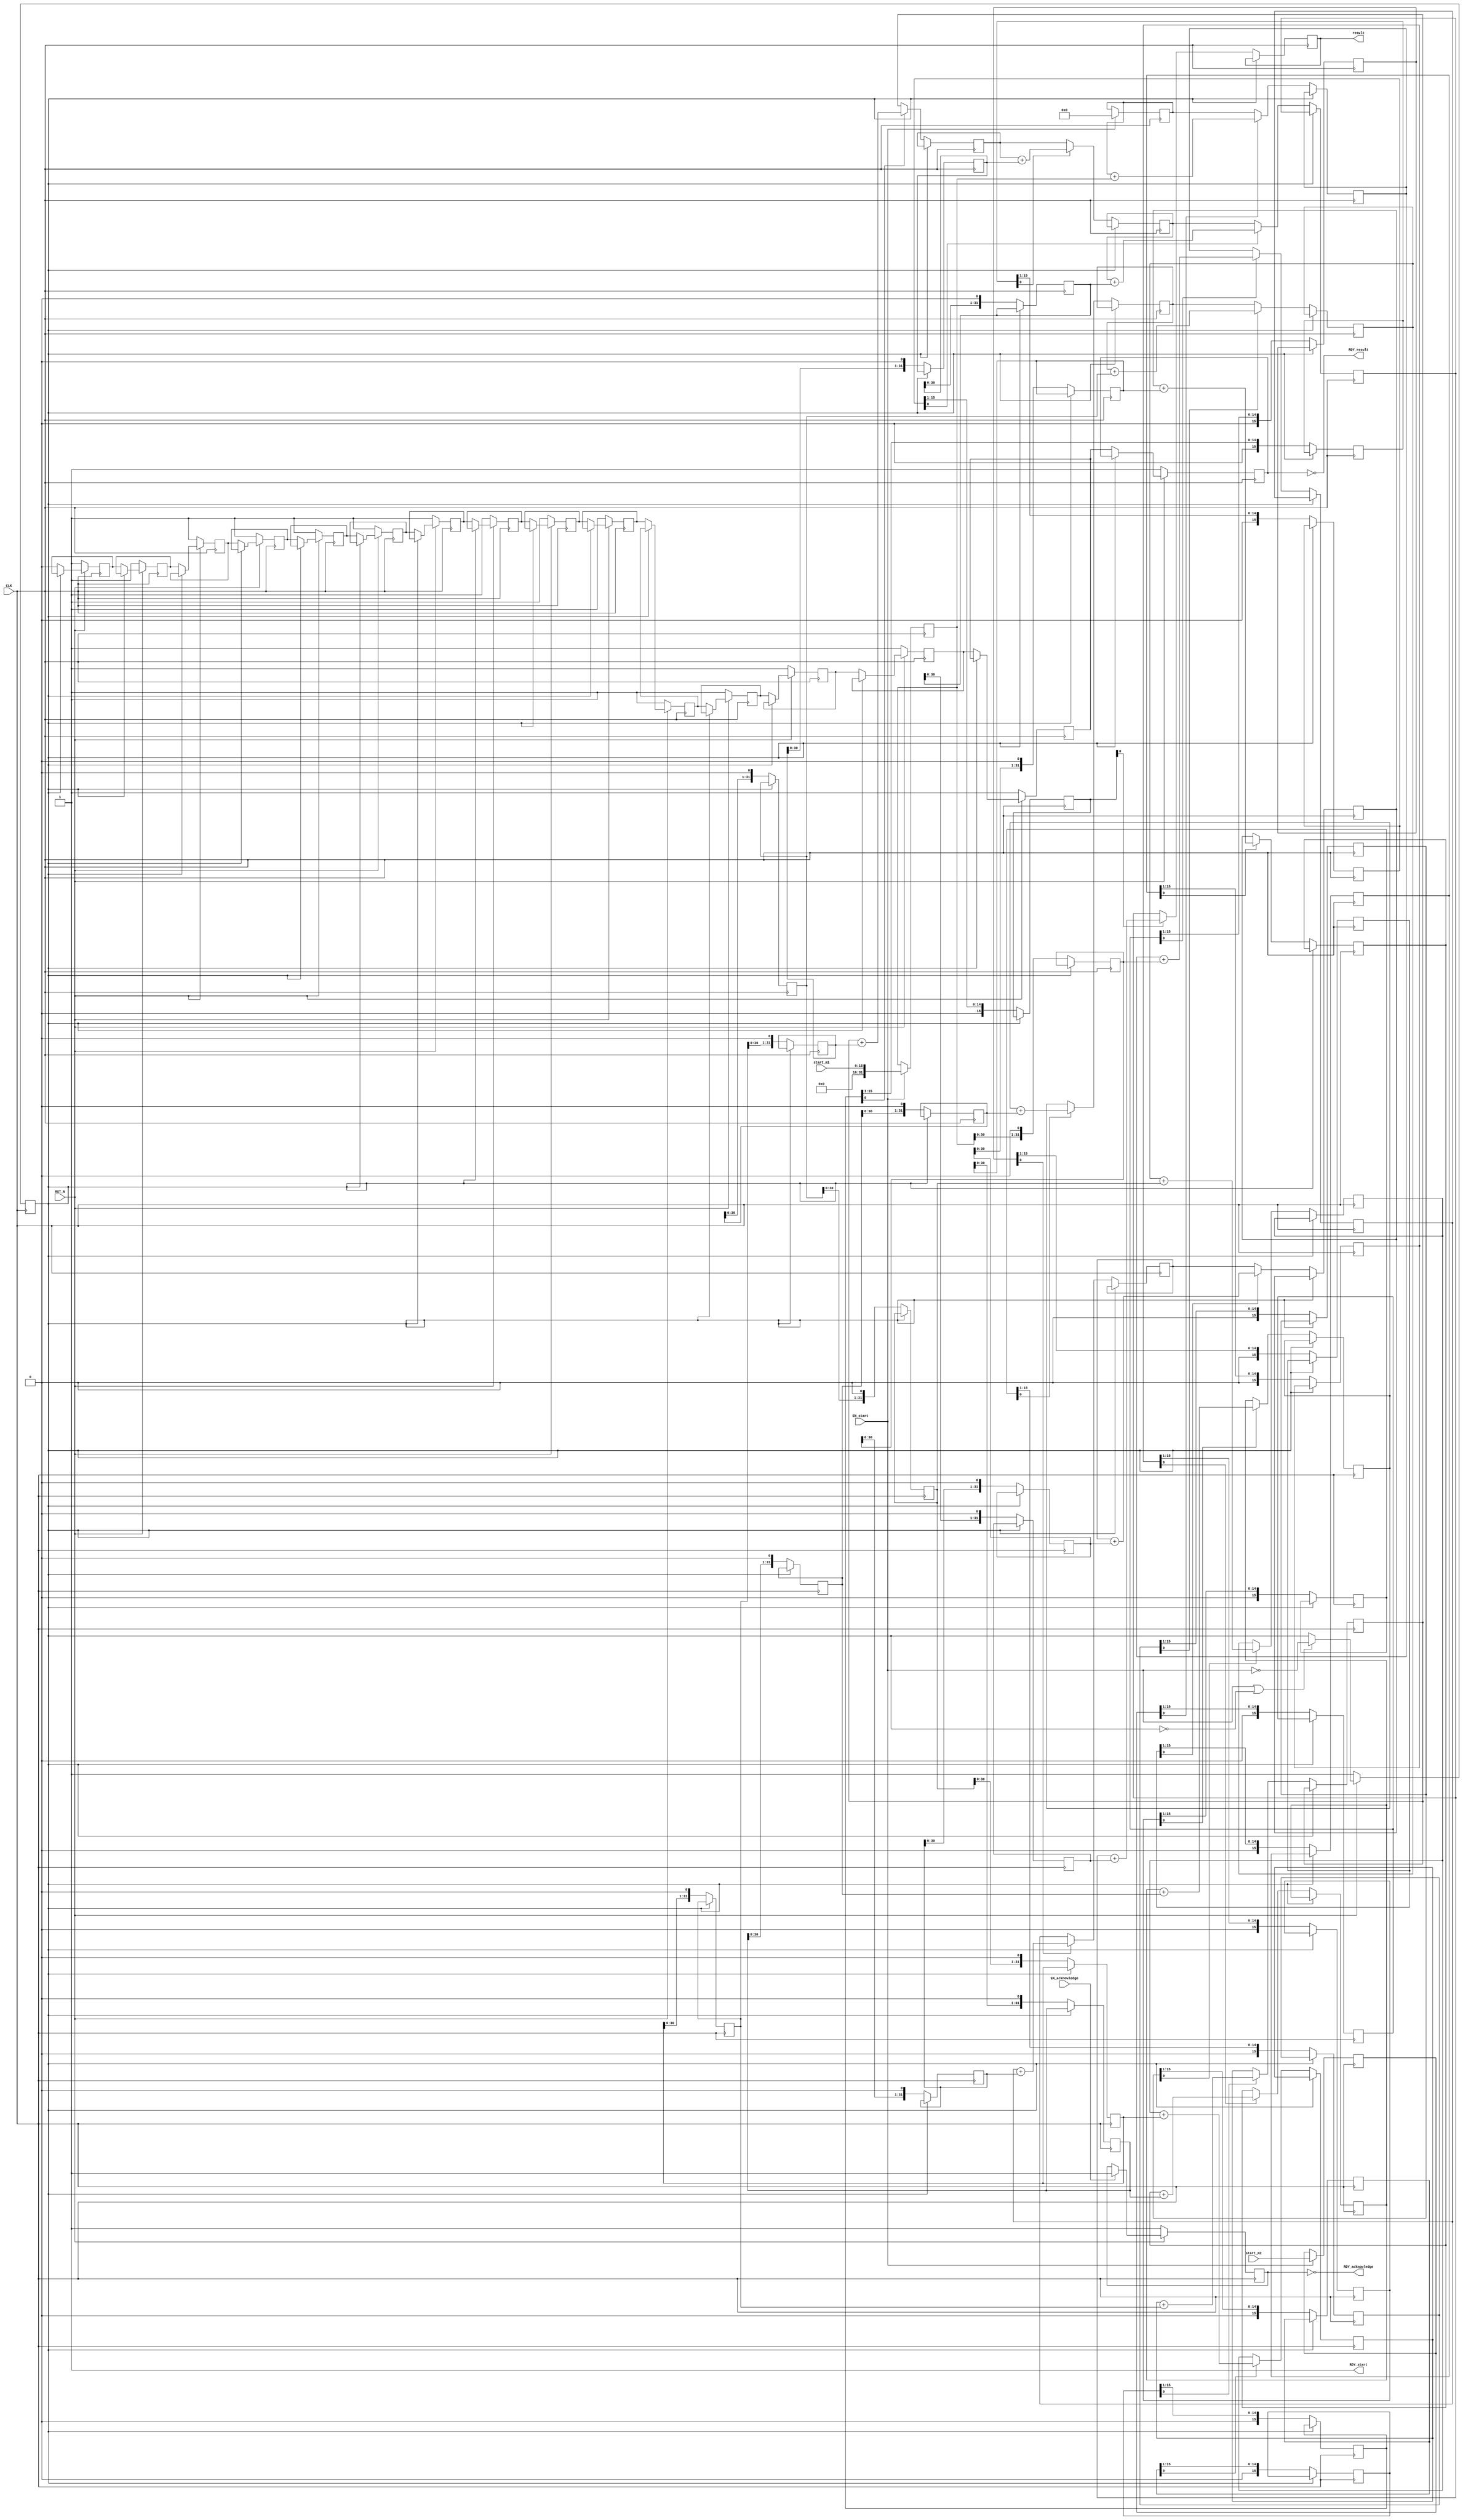
//
// Generated by Bluespec Compiler, version 2016.07.beta1 (build 34806, 2016-07-05)
//
// On Wed Dec  5 17:30:21 IST 2018
//
//
// Ports:
// Name                         I/O  size props
// RDY_start                      O     1 const
// result                         O    32 reg
// RDY_result                     O     1
// RDY_acknowledge                O     1
// CLK                            I     1 clock
// RST_N                          I     1 reset
// start_m1                       I    16 reg
// start_m2                       I    16 reg
// EN_start                       I     1
// EN_acknowledge                 I     1
//
// No combinational paths from inputs to outputs
//
//

`ifdef BSV_ASSIGNMENT_DELAY
`else
  `define BSV_ASSIGNMENT_DELAY
`endif

`ifdef BSV_POSITIVE_RESET
  `define BSV_RESET_VALUE 1'b1
  `define BSV_RESET_EDGE posedge
`else
  `define BSV_RESET_VALUE 1'b0
  `define BSV_RESET_EDGE negedge
`endif

module mkPipeInelastic(CLK,
		       RST_N,

		       start_m1,
		       start_m2,
		       EN_start,
		       RDY_start,

		       result,
		       RDY_result,

		       EN_acknowledge,
		       RDY_acknowledge);
  input  CLK;
  input  RST_N;

  // action method start
  input  [15 : 0] start_m1;
  input  [15 : 0] start_m2;
  input  EN_start;
  output RDY_start;

  // value method result
  output [31 : 0] result;
  output RDY_result;

  // action method acknowledge
  input  EN_acknowledge;
  output RDY_acknowledge;

  // signals for module outputs
  wire [31 : 0] result;
  wire RDY_acknowledge, RDY_result, RDY_start;

  // register available
  reg available;
  wire available$D_IN, available$EN;

  // register inputReg_garbage
  reg inputReg_garbage;
  wire inputReg_garbage$D_IN, inputReg_garbage$EN;

  // register inputReg_multiplicand
  reg [31 : 0] inputReg_multiplicand;
  wire [31 : 0] inputReg_multiplicand$D_IN;
  wire inputReg_multiplicand$EN;

  // register inputReg_multiplier
  reg [15 : 0] inputReg_multiplier;
  wire [15 : 0] inputReg_multiplier$D_IN;
  wire inputReg_multiplier$EN;

  // register inputReg_outSum
  reg [31 : 0] inputReg_outSum;
  wire [31 : 0] inputReg_outSum$D_IN;
  wire inputReg_outSum$EN;

  // register outReg_garbage
  reg outReg_garbage;
  wire outReg_garbage$D_IN, outReg_garbage$EN;

  // register outReg_multiplicand
  reg [31 : 0] outReg_multiplicand;
  wire [31 : 0] outReg_multiplicand$D_IN;
  wire outReg_multiplicand$EN;

  // register outReg_multiplier
  reg [15 : 0] outReg_multiplier;
  wire [15 : 0] outReg_multiplier$D_IN;
  wire outReg_multiplier$EN;

  // register outReg_outSum
  reg [31 : 0] outReg_outSum;
  wire [31 : 0] outReg_outSum$D_IN;
  wire outReg_outSum$EN;

  // register stageReg_0_garbage
  reg stageReg_0_garbage;
  wire stageReg_0_garbage$D_IN, stageReg_0_garbage$EN;

  // register stageReg_0_multiplicand
  reg [31 : 0] stageReg_0_multiplicand;
  wire [31 : 0] stageReg_0_multiplicand$D_IN;
  wire stageReg_0_multiplicand$EN;

  // register stageReg_0_multiplier
  reg [15 : 0] stageReg_0_multiplier;
  wire [15 : 0] stageReg_0_multiplier$D_IN;
  wire stageReg_0_multiplier$EN;

  // register stageReg_0_outSum
  reg [31 : 0] stageReg_0_outSum;
  wire [31 : 0] stageReg_0_outSum$D_IN;
  wire stageReg_0_outSum$EN;

  // register stageReg_10_garbage
  reg stageReg_10_garbage;
  wire stageReg_10_garbage$D_IN, stageReg_10_garbage$EN;

  // register stageReg_10_multiplicand
  reg [31 : 0] stageReg_10_multiplicand;
  wire [31 : 0] stageReg_10_multiplicand$D_IN;
  wire stageReg_10_multiplicand$EN;

  // register stageReg_10_multiplier
  reg [15 : 0] stageReg_10_multiplier;
  wire [15 : 0] stageReg_10_multiplier$D_IN;
  wire stageReg_10_multiplier$EN;

  // register stageReg_10_outSum
  reg [31 : 0] stageReg_10_outSum;
  wire [31 : 0] stageReg_10_outSum$D_IN;
  wire stageReg_10_outSum$EN;

  // register stageReg_11_garbage
  reg stageReg_11_garbage;
  wire stageReg_11_garbage$D_IN, stageReg_11_garbage$EN;

  // register stageReg_11_multiplicand
  reg [31 : 0] stageReg_11_multiplicand;
  wire [31 : 0] stageReg_11_multiplicand$D_IN;
  wire stageReg_11_multiplicand$EN;

  // register stageReg_11_multiplier
  reg [15 : 0] stageReg_11_multiplier;
  wire [15 : 0] stageReg_11_multiplier$D_IN;
  wire stageReg_11_multiplier$EN;

  // register stageReg_11_outSum
  reg [31 : 0] stageReg_11_outSum;
  wire [31 : 0] stageReg_11_outSum$D_IN;
  wire stageReg_11_outSum$EN;

  // register stageReg_12_garbage
  reg stageReg_12_garbage;
  wire stageReg_12_garbage$D_IN, stageReg_12_garbage$EN;

  // register stageReg_12_multiplicand
  reg [31 : 0] stageReg_12_multiplicand;
  wire [31 : 0] stageReg_12_multiplicand$D_IN;
  wire stageReg_12_multiplicand$EN;

  // register stageReg_12_multiplier
  reg [15 : 0] stageReg_12_multiplier;
  wire [15 : 0] stageReg_12_multiplier$D_IN;
  wire stageReg_12_multiplier$EN;

  // register stageReg_12_outSum
  reg [31 : 0] stageReg_12_outSum;
  wire [31 : 0] stageReg_12_outSum$D_IN;
  wire stageReg_12_outSum$EN;

  // register stageReg_13_garbage
  reg stageReg_13_garbage;
  wire stageReg_13_garbage$D_IN, stageReg_13_garbage$EN;

  // register stageReg_13_multiplicand
  reg [31 : 0] stageReg_13_multiplicand;
  wire [31 : 0] stageReg_13_multiplicand$D_IN;
  wire stageReg_13_multiplicand$EN;

  // register stageReg_13_multiplier
  reg [15 : 0] stageReg_13_multiplier;
  wire [15 : 0] stageReg_13_multiplier$D_IN;
  wire stageReg_13_multiplier$EN;

  // register stageReg_13_outSum
  reg [31 : 0] stageReg_13_outSum;
  wire [31 : 0] stageReg_13_outSum$D_IN;
  wire stageReg_13_outSum$EN;

  // register stageReg_14_garbage
  reg stageReg_14_garbage;
  wire stageReg_14_garbage$D_IN, stageReg_14_garbage$EN;

  // register stageReg_14_multiplicand
  reg [31 : 0] stageReg_14_multiplicand;
  wire [31 : 0] stageReg_14_multiplicand$D_IN;
  wire stageReg_14_multiplicand$EN;

  // register stageReg_14_multiplier
  reg [15 : 0] stageReg_14_multiplier;
  wire [15 : 0] stageReg_14_multiplier$D_IN;
  wire stageReg_14_multiplier$EN;

  // register stageReg_14_outSum
  reg [31 : 0] stageReg_14_outSum;
  wire [31 : 0] stageReg_14_outSum$D_IN;
  wire stageReg_14_outSum$EN;

  // register stageReg_15_garbage
  reg stageReg_15_garbage;
  wire stageReg_15_garbage$D_IN, stageReg_15_garbage$EN;

  // register stageReg_15_multiplicand
  reg [31 : 0] stageReg_15_multiplicand;
  wire [31 : 0] stageReg_15_multiplicand$D_IN;
  wire stageReg_15_multiplicand$EN;

  // register stageReg_15_multiplier
  reg [15 : 0] stageReg_15_multiplier;
  wire [15 : 0] stageReg_15_multiplier$D_IN;
  wire stageReg_15_multiplier$EN;

  // register stageReg_15_outSum
  reg [31 : 0] stageReg_15_outSum;
  wire [31 : 0] stageReg_15_outSum$D_IN;
  wire stageReg_15_outSum$EN;

  // register stageReg_16_garbage
  reg stageReg_16_garbage;
  wire stageReg_16_garbage$D_IN, stageReg_16_garbage$EN;

  // register stageReg_16_multiplicand
  reg [31 : 0] stageReg_16_multiplicand;
  wire [31 : 0] stageReg_16_multiplicand$D_IN;
  wire stageReg_16_multiplicand$EN;

  // register stageReg_16_multiplier
  reg [15 : 0] stageReg_16_multiplier;
  wire [15 : 0] stageReg_16_multiplier$D_IN;
  wire stageReg_16_multiplier$EN;

  // register stageReg_16_outSum
  reg [31 : 0] stageReg_16_outSum;
  wire [31 : 0] stageReg_16_outSum$D_IN;
  wire stageReg_16_outSum$EN;

  // register stageReg_1_garbage
  reg stageReg_1_garbage;
  wire stageReg_1_garbage$D_IN, stageReg_1_garbage$EN;

  // register stageReg_1_multiplicand
  reg [31 : 0] stageReg_1_multiplicand;
  wire [31 : 0] stageReg_1_multiplicand$D_IN;
  wire stageReg_1_multiplicand$EN;

  // register stageReg_1_multiplier
  reg [15 : 0] stageReg_1_multiplier;
  wire [15 : 0] stageReg_1_multiplier$D_IN;
  wire stageReg_1_multiplier$EN;

  // register stageReg_1_outSum
  reg [31 : 0] stageReg_1_outSum;
  wire [31 : 0] stageReg_1_outSum$D_IN;
  wire stageReg_1_outSum$EN;

  // register stageReg_2_garbage
  reg stageReg_2_garbage;
  wire stageReg_2_garbage$D_IN, stageReg_2_garbage$EN;

  // register stageReg_2_multiplicand
  reg [31 : 0] stageReg_2_multiplicand;
  wire [31 : 0] stageReg_2_multiplicand$D_IN;
  wire stageReg_2_multiplicand$EN;

  // register stageReg_2_multiplier
  reg [15 : 0] stageReg_2_multiplier;
  wire [15 : 0] stageReg_2_multiplier$D_IN;
  wire stageReg_2_multiplier$EN;

  // register stageReg_2_outSum
  reg [31 : 0] stageReg_2_outSum;
  wire [31 : 0] stageReg_2_outSum$D_IN;
  wire stageReg_2_outSum$EN;

  // register stageReg_3_garbage
  reg stageReg_3_garbage;
  wire stageReg_3_garbage$D_IN, stageReg_3_garbage$EN;

  // register stageReg_3_multiplicand
  reg [31 : 0] stageReg_3_multiplicand;
  wire [31 : 0] stageReg_3_multiplicand$D_IN;
  wire stageReg_3_multiplicand$EN;

  // register stageReg_3_multiplier
  reg [15 : 0] stageReg_3_multiplier;
  wire [15 : 0] stageReg_3_multiplier$D_IN;
  wire stageReg_3_multiplier$EN;

  // register stageReg_3_outSum
  reg [31 : 0] stageReg_3_outSum;
  wire [31 : 0] stageReg_3_outSum$D_IN;
  wire stageReg_3_outSum$EN;

  // register stageReg_4_garbage
  reg stageReg_4_garbage;
  wire stageReg_4_garbage$D_IN, stageReg_4_garbage$EN;

  // register stageReg_4_multiplicand
  reg [31 : 0] stageReg_4_multiplicand;
  wire [31 : 0] stageReg_4_multiplicand$D_IN;
  wire stageReg_4_multiplicand$EN;

  // register stageReg_4_multiplier
  reg [15 : 0] stageReg_4_multiplier;
  wire [15 : 0] stageReg_4_multiplier$D_IN;
  wire stageReg_4_multiplier$EN;

  // register stageReg_4_outSum
  reg [31 : 0] stageReg_4_outSum;
  wire [31 : 0] stageReg_4_outSum$D_IN;
  wire stageReg_4_outSum$EN;

  // register stageReg_5_garbage
  reg stageReg_5_garbage;
  wire stageReg_5_garbage$D_IN, stageReg_5_garbage$EN;

  // register stageReg_5_multiplicand
  reg [31 : 0] stageReg_5_multiplicand;
  wire [31 : 0] stageReg_5_multiplicand$D_IN;
  wire stageReg_5_multiplicand$EN;

  // register stageReg_5_multiplier
  reg [15 : 0] stageReg_5_multiplier;
  wire [15 : 0] stageReg_5_multiplier$D_IN;
  wire stageReg_5_multiplier$EN;

  // register stageReg_5_outSum
  reg [31 : 0] stageReg_5_outSum;
  wire [31 : 0] stageReg_5_outSum$D_IN;
  wire stageReg_5_outSum$EN;

  // register stageReg_6_garbage
  reg stageReg_6_garbage;
  wire stageReg_6_garbage$D_IN, stageReg_6_garbage$EN;

  // register stageReg_6_multiplicand
  reg [31 : 0] stageReg_6_multiplicand;
  wire [31 : 0] stageReg_6_multiplicand$D_IN;
  wire stageReg_6_multiplicand$EN;

  // register stageReg_6_multiplier
  reg [15 : 0] stageReg_6_multiplier;
  wire [15 : 0] stageReg_6_multiplier$D_IN;
  wire stageReg_6_multiplier$EN;

  // register stageReg_6_outSum
  reg [31 : 0] stageReg_6_outSum;
  wire [31 : 0] stageReg_6_outSum$D_IN;
  wire stageReg_6_outSum$EN;

  // register stageReg_7_garbage
  reg stageReg_7_garbage;
  wire stageReg_7_garbage$D_IN, stageReg_7_garbage$EN;

  // register stageReg_7_multiplicand
  reg [31 : 0] stageReg_7_multiplicand;
  wire [31 : 0] stageReg_7_multiplicand$D_IN;
  wire stageReg_7_multiplicand$EN;

  // register stageReg_7_multiplier
  reg [15 : 0] stageReg_7_multiplier;
  wire [15 : 0] stageReg_7_multiplier$D_IN;
  wire stageReg_7_multiplier$EN;

  // register stageReg_7_outSum
  reg [31 : 0] stageReg_7_outSum;
  wire [31 : 0] stageReg_7_outSum$D_IN;
  wire stageReg_7_outSum$EN;

  // register stageReg_8_garbage
  reg stageReg_8_garbage;
  wire stageReg_8_garbage$D_IN, stageReg_8_garbage$EN;

  // register stageReg_8_multiplicand
  reg [31 : 0] stageReg_8_multiplicand;
  wire [31 : 0] stageReg_8_multiplicand$D_IN;
  wire stageReg_8_multiplicand$EN;

  // register stageReg_8_multiplier
  reg [15 : 0] stageReg_8_multiplier;
  wire [15 : 0] stageReg_8_multiplier$D_IN;
  wire stageReg_8_multiplier$EN;

  // register stageReg_8_outSum
  reg [31 : 0] stageReg_8_outSum;
  wire [31 : 0] stageReg_8_outSum$D_IN;
  wire stageReg_8_outSum$EN;

  // register stageReg_9_garbage
  reg stageReg_9_garbage;
  wire stageReg_9_garbage$D_IN, stageReg_9_garbage$EN;

  // register stageReg_9_multiplicand
  reg [31 : 0] stageReg_9_multiplicand;
  wire [31 : 0] stageReg_9_multiplicand$D_IN;
  wire stageReg_9_multiplicand$EN;

  // register stageReg_9_multiplier
  reg [15 : 0] stageReg_9_multiplier;
  wire [15 : 0] stageReg_9_multiplier$D_IN;
  wire stageReg_9_multiplier$EN;

  // register stageReg_9_outSum
  reg [31 : 0] stageReg_9_outSum;
  wire [31 : 0] stageReg_9_outSum$D_IN;
  wire stageReg_9_outSum$EN;

  // rule scheduling signals
  wire CAN_FIRE_RL_cycle,
       CAN_FIRE_acknowledge,
       CAN_FIRE_start,
       WILL_FIRE_RL_cycle,
       WILL_FIRE_acknowledge,
       WILL_FIRE_start;

  // action method start
  assign RDY_start = 1'd1 ;
  assign CAN_FIRE_start = 1'd1 ;
  assign WILL_FIRE_start = EN_start ;

  // value method result
  assign result = stageReg_16_outSum ;
  assign RDY_result = !stageReg_16_garbage ;

  // action method acknowledge
  assign RDY_acknowledge = !available ;
  assign CAN_FIRE_acknowledge = !available ;
  assign WILL_FIRE_acknowledge = EN_acknowledge ;

  // rule RL_cycle
  assign CAN_FIRE_RL_cycle = !stageReg_0_garbage ;
  assign WILL_FIRE_RL_cycle = CAN_FIRE_RL_cycle ;

  // register available
  assign available$D_IN = 1'd1 ;
  assign available$EN = EN_acknowledge ;

  // register inputReg_garbage
  assign inputReg_garbage$D_IN = 1'b0 ;
  assign inputReg_garbage$EN = 1'b0 ;

  // register inputReg_multiplicand
  assign inputReg_multiplicand$D_IN = 32'h0 ;
  assign inputReg_multiplicand$EN = 1'b0 ;

  // register inputReg_multiplier
  assign inputReg_multiplier$D_IN = 16'h0 ;
  assign inputReg_multiplier$EN = 1'b0 ;

  // register inputReg_outSum
  assign inputReg_outSum$D_IN = 32'h0 ;
  assign inputReg_outSum$EN = 1'b0 ;

  // register outReg_garbage
  assign outReg_garbage$D_IN = 1'b0 ;
  assign outReg_garbage$EN = 1'b0 ;

  // register outReg_multiplicand
  assign outReg_multiplicand$D_IN = 32'h0 ;
  assign outReg_multiplicand$EN = 1'b0 ;

  // register outReg_multiplier
  assign outReg_multiplier$D_IN = 16'h0 ;
  assign outReg_multiplier$EN = 1'b0 ;

  // register outReg_outSum
  assign outReg_outSum$D_IN = 32'h0 ;
  assign outReg_outSum$EN = 1'b0 ;

  // register stageReg_0_garbage
  assign stageReg_0_garbage$D_IN = !EN_start ;
  assign stageReg_0_garbage$EN = EN_start || WILL_FIRE_RL_cycle ;

  // register stageReg_0_multiplicand
  assign stageReg_0_multiplicand$D_IN = { 16'd0, start_m1 } ;
  assign stageReg_0_multiplicand$EN = EN_start ;

  // register stageReg_0_multiplier
  assign stageReg_0_multiplier$D_IN = start_m2 ;
  assign stageReg_0_multiplier$EN = EN_start ;

  // register stageReg_0_outSum
  assign stageReg_0_outSum$D_IN = 32'd0 ;
  assign stageReg_0_outSum$EN = EN_start ;

  // register stageReg_10_garbage
  assign stageReg_10_garbage$D_IN = stageReg_9_garbage ;
  assign stageReg_10_garbage$EN = CAN_FIRE_RL_cycle ;

  // register stageReg_10_multiplicand
  assign stageReg_10_multiplicand$D_IN =
	     { stageReg_9_multiplicand[30:0], 1'd0 } ;
  assign stageReg_10_multiplicand$EN = CAN_FIRE_RL_cycle ;

  // register stageReg_10_multiplier
  assign stageReg_10_multiplier$D_IN = { 1'd0, stageReg_9_multiplier[15:1] } ;
  assign stageReg_10_multiplier$EN = CAN_FIRE_RL_cycle ;

  // register stageReg_10_outSum
  assign stageReg_10_outSum$D_IN =
	     stageReg_9_multiplier[0] ?
	       stageReg_9_outSum + stageReg_9_multiplicand :
	       stageReg_9_outSum ;
  assign stageReg_10_outSum$EN = CAN_FIRE_RL_cycle ;

  // register stageReg_11_garbage
  assign stageReg_11_garbage$D_IN = stageReg_10_garbage ;
  assign stageReg_11_garbage$EN = CAN_FIRE_RL_cycle ;

  // register stageReg_11_multiplicand
  assign stageReg_11_multiplicand$D_IN =
	     { stageReg_10_multiplicand[30:0], 1'd0 } ;
  assign stageReg_11_multiplicand$EN = CAN_FIRE_RL_cycle ;

  // register stageReg_11_multiplier
  assign stageReg_11_multiplier$D_IN =
	     { 1'd0, stageReg_10_multiplier[15:1] } ;
  assign stageReg_11_multiplier$EN = CAN_FIRE_RL_cycle ;

  // register stageReg_11_outSum
  assign stageReg_11_outSum$D_IN =
	     stageReg_10_multiplier[0] ?
	       stageReg_10_outSum + stageReg_10_multiplicand :
	       stageReg_10_outSum ;
  assign stageReg_11_outSum$EN = CAN_FIRE_RL_cycle ;

  // register stageReg_12_garbage
  assign stageReg_12_garbage$D_IN = stageReg_11_garbage ;
  assign stageReg_12_garbage$EN = CAN_FIRE_RL_cycle ;

  // register stageReg_12_multiplicand
  assign stageReg_12_multiplicand$D_IN =
	     { stageReg_11_multiplicand[30:0], 1'd0 } ;
  assign stageReg_12_multiplicand$EN = CAN_FIRE_RL_cycle ;

  // register stageReg_12_multiplier
  assign stageReg_12_multiplier$D_IN =
	     { 1'd0, stageReg_11_multiplier[15:1] } ;
  assign stageReg_12_multiplier$EN = CAN_FIRE_RL_cycle ;

  // register stageReg_12_outSum
  assign stageReg_12_outSum$D_IN =
	     stageReg_11_multiplier[0] ?
	       stageReg_11_outSum + stageReg_11_multiplicand :
	       stageReg_11_outSum ;
  assign stageReg_12_outSum$EN = CAN_FIRE_RL_cycle ;

  // register stageReg_13_garbage
  assign stageReg_13_garbage$D_IN = stageReg_12_garbage ;
  assign stageReg_13_garbage$EN = CAN_FIRE_RL_cycle ;

  // register stageReg_13_multiplicand
  assign stageReg_13_multiplicand$D_IN =
	     { stageReg_12_multiplicand[30:0], 1'd0 } ;
  assign stageReg_13_multiplicand$EN = CAN_FIRE_RL_cycle ;

  // register stageReg_13_multiplier
  assign stageReg_13_multiplier$D_IN =
	     { 1'd0, stageReg_12_multiplier[15:1] } ;
  assign stageReg_13_multiplier$EN = CAN_FIRE_RL_cycle ;

  // register stageReg_13_outSum
  assign stageReg_13_outSum$D_IN =
	     stageReg_12_multiplier[0] ?
	       stageReg_12_outSum + stageReg_12_multiplicand :
	       stageReg_12_outSum ;
  assign stageReg_13_outSum$EN = CAN_FIRE_RL_cycle ;

  // register stageReg_14_garbage
  assign stageReg_14_garbage$D_IN = stageReg_13_garbage ;
  assign stageReg_14_garbage$EN = CAN_FIRE_RL_cycle ;

  // register stageReg_14_multiplicand
  assign stageReg_14_multiplicand$D_IN =
	     { stageReg_13_multiplicand[30:0], 1'd0 } ;
  assign stageReg_14_multiplicand$EN = CAN_FIRE_RL_cycle ;

  // register stageReg_14_multiplier
  assign stageReg_14_multiplier$D_IN =
	     { 1'd0, stageReg_13_multiplier[15:1] } ;
  assign stageReg_14_multiplier$EN = CAN_FIRE_RL_cycle ;

  // register stageReg_14_outSum
  assign stageReg_14_outSum$D_IN =
	     stageReg_13_multiplier[0] ?
	       stageReg_13_outSum + stageReg_13_multiplicand :
	       stageReg_13_outSum ;
  assign stageReg_14_outSum$EN = CAN_FIRE_RL_cycle ;

  // register stageReg_15_garbage
  assign stageReg_15_garbage$D_IN = stageReg_14_garbage ;
  assign stageReg_15_garbage$EN = CAN_FIRE_RL_cycle ;

  // register stageReg_15_multiplicand
  assign stageReg_15_multiplicand$D_IN =
	     { stageReg_14_multiplicand[30:0], 1'd0 } ;
  assign stageReg_15_multiplicand$EN = CAN_FIRE_RL_cycle ;

  // register stageReg_15_multiplier
  assign stageReg_15_multiplier$D_IN =
	     { 1'd0, stageReg_14_multiplier[15:1] } ;
  assign stageReg_15_multiplier$EN = CAN_FIRE_RL_cycle ;

  // register stageReg_15_outSum
  assign stageReg_15_outSum$D_IN =
	     stageReg_14_multiplier[0] ?
	       stageReg_14_outSum + stageReg_14_multiplicand :
	       stageReg_14_outSum ;
  assign stageReg_15_outSum$EN = CAN_FIRE_RL_cycle ;

  // register stageReg_16_garbage
  assign stageReg_16_garbage$D_IN = stageReg_15_garbage ;
  assign stageReg_16_garbage$EN = CAN_FIRE_RL_cycle ;

  // register stageReg_16_multiplicand
  assign stageReg_16_multiplicand$D_IN =
	     { stageReg_15_multiplicand[30:0], 1'd0 } ;
  assign stageReg_16_multiplicand$EN = CAN_FIRE_RL_cycle ;

  // register stageReg_16_multiplier
  assign stageReg_16_multiplier$D_IN =
	     { 1'd0, stageReg_15_multiplier[15:1] } ;
  assign stageReg_16_multiplier$EN = CAN_FIRE_RL_cycle ;

  // register stageReg_16_outSum
  assign stageReg_16_outSum$D_IN =
	     stageReg_15_multiplier[0] ?
	       stageReg_15_outSum + stageReg_15_multiplicand :
	       stageReg_15_outSum ;
  assign stageReg_16_outSum$EN = CAN_FIRE_RL_cycle ;

  // register stageReg_1_garbage
  assign stageReg_1_garbage$D_IN = stageReg_0_garbage ;
  assign stageReg_1_garbage$EN = CAN_FIRE_RL_cycle ;

  // register stageReg_1_multiplicand
  assign stageReg_1_multiplicand$D_IN =
	     { stageReg_0_multiplicand[30:0], 1'd0 } ;
  assign stageReg_1_multiplicand$EN = CAN_FIRE_RL_cycle ;

  // register stageReg_1_multiplier
  assign stageReg_1_multiplier$D_IN = { 1'd0, stageReg_0_multiplier[15:1] } ;
  assign stageReg_1_multiplier$EN = CAN_FIRE_RL_cycle ;

  // register stageReg_1_outSum
  assign stageReg_1_outSum$D_IN =
	     stageReg_0_multiplier[0] ?
	       stageReg_0_outSum + stageReg_0_multiplicand :
	       stageReg_0_outSum ;
  assign stageReg_1_outSum$EN = CAN_FIRE_RL_cycle ;

  // register stageReg_2_garbage
  assign stageReg_2_garbage$D_IN = stageReg_1_garbage ;
  assign stageReg_2_garbage$EN = CAN_FIRE_RL_cycle ;

  // register stageReg_2_multiplicand
  assign stageReg_2_multiplicand$D_IN =
	     { stageReg_1_multiplicand[30:0], 1'd0 } ;
  assign stageReg_2_multiplicand$EN = CAN_FIRE_RL_cycle ;

  // register stageReg_2_multiplier
  assign stageReg_2_multiplier$D_IN = { 1'd0, stageReg_1_multiplier[15:1] } ;
  assign stageReg_2_multiplier$EN = CAN_FIRE_RL_cycle ;

  // register stageReg_2_outSum
  assign stageReg_2_outSum$D_IN =
	     stageReg_1_multiplier[0] ?
	       stageReg_1_outSum + stageReg_1_multiplicand :
	       stageReg_1_outSum ;
  assign stageReg_2_outSum$EN = CAN_FIRE_RL_cycle ;

  // register stageReg_3_garbage
  assign stageReg_3_garbage$D_IN = stageReg_2_garbage ;
  assign stageReg_3_garbage$EN = CAN_FIRE_RL_cycle ;

  // register stageReg_3_multiplicand
  assign stageReg_3_multiplicand$D_IN =
	     { stageReg_2_multiplicand[30:0], 1'd0 } ;
  assign stageReg_3_multiplicand$EN = CAN_FIRE_RL_cycle ;

  // register stageReg_3_multiplier
  assign stageReg_3_multiplier$D_IN = { 1'd0, stageReg_2_multiplier[15:1] } ;
  assign stageReg_3_multiplier$EN = CAN_FIRE_RL_cycle ;

  // register stageReg_3_outSum
  assign stageReg_3_outSum$D_IN =
	     stageReg_2_multiplier[0] ?
	       stageReg_2_outSum + stageReg_2_multiplicand :
	       stageReg_2_outSum ;
  assign stageReg_3_outSum$EN = CAN_FIRE_RL_cycle ;

  // register stageReg_4_garbage
  assign stageReg_4_garbage$D_IN = stageReg_3_garbage ;
  assign stageReg_4_garbage$EN = CAN_FIRE_RL_cycle ;

  // register stageReg_4_multiplicand
  assign stageReg_4_multiplicand$D_IN =
	     { stageReg_3_multiplicand[30:0], 1'd0 } ;
  assign stageReg_4_multiplicand$EN = CAN_FIRE_RL_cycle ;

  // register stageReg_4_multiplier
  assign stageReg_4_multiplier$D_IN = { 1'd0, stageReg_3_multiplier[15:1] } ;
  assign stageReg_4_multiplier$EN = CAN_FIRE_RL_cycle ;

  // register stageReg_4_outSum
  assign stageReg_4_outSum$D_IN =
	     stageReg_3_multiplier[0] ?
	       stageReg_3_outSum + stageReg_3_multiplicand :
	       stageReg_3_outSum ;
  assign stageReg_4_outSum$EN = CAN_FIRE_RL_cycle ;

  // register stageReg_5_garbage
  assign stageReg_5_garbage$D_IN = stageReg_4_garbage ;
  assign stageReg_5_garbage$EN = CAN_FIRE_RL_cycle ;

  // register stageReg_5_multiplicand
  assign stageReg_5_multiplicand$D_IN =
	     { stageReg_4_multiplicand[30:0], 1'd0 } ;
  assign stageReg_5_multiplicand$EN = CAN_FIRE_RL_cycle ;

  // register stageReg_5_multiplier
  assign stageReg_5_multiplier$D_IN = { 1'd0, stageReg_4_multiplier[15:1] } ;
  assign stageReg_5_multiplier$EN = CAN_FIRE_RL_cycle ;

  // register stageReg_5_outSum
  assign stageReg_5_outSum$D_IN =
	     stageReg_4_multiplier[0] ?
	       stageReg_4_outSum + stageReg_4_multiplicand :
	       stageReg_4_outSum ;
  assign stageReg_5_outSum$EN = CAN_FIRE_RL_cycle ;

  // register stageReg_6_garbage
  assign stageReg_6_garbage$D_IN = stageReg_5_garbage ;
  assign stageReg_6_garbage$EN = CAN_FIRE_RL_cycle ;

  // register stageReg_6_multiplicand
  assign stageReg_6_multiplicand$D_IN =
	     { stageReg_5_multiplicand[30:0], 1'd0 } ;
  assign stageReg_6_multiplicand$EN = CAN_FIRE_RL_cycle ;

  // register stageReg_6_multiplier
  assign stageReg_6_multiplier$D_IN = { 1'd0, stageReg_5_multiplier[15:1] } ;
  assign stageReg_6_multiplier$EN = CAN_FIRE_RL_cycle ;

  // register stageReg_6_outSum
  assign stageReg_6_outSum$D_IN =
	     stageReg_5_multiplier[0] ?
	       stageReg_5_outSum + stageReg_5_multiplicand :
	       stageReg_5_outSum ;
  assign stageReg_6_outSum$EN = CAN_FIRE_RL_cycle ;

  // register stageReg_7_garbage
  assign stageReg_7_garbage$D_IN = stageReg_6_garbage ;
  assign stageReg_7_garbage$EN = CAN_FIRE_RL_cycle ;

  // register stageReg_7_multiplicand
  assign stageReg_7_multiplicand$D_IN =
	     { stageReg_6_multiplicand[30:0], 1'd0 } ;
  assign stageReg_7_multiplicand$EN = CAN_FIRE_RL_cycle ;

  // register stageReg_7_multiplier
  assign stageReg_7_multiplier$D_IN = { 1'd0, stageReg_6_multiplier[15:1] } ;
  assign stageReg_7_multiplier$EN = CAN_FIRE_RL_cycle ;

  // register stageReg_7_outSum
  assign stageReg_7_outSum$D_IN =
	     stageReg_6_multiplier[0] ?
	       stageReg_6_outSum + stageReg_6_multiplicand :
	       stageReg_6_outSum ;
  assign stageReg_7_outSum$EN = CAN_FIRE_RL_cycle ;

  // register stageReg_8_garbage
  assign stageReg_8_garbage$D_IN = stageReg_7_garbage ;
  assign stageReg_8_garbage$EN = CAN_FIRE_RL_cycle ;

  // register stageReg_8_multiplicand
  assign stageReg_8_multiplicand$D_IN =
	     { stageReg_7_multiplicand[30:0], 1'd0 } ;
  assign stageReg_8_multiplicand$EN = CAN_FIRE_RL_cycle ;

  // register stageReg_8_multiplier
  assign stageReg_8_multiplier$D_IN = { 1'd0, stageReg_7_multiplier[15:1] } ;
  assign stageReg_8_multiplier$EN = CAN_FIRE_RL_cycle ;

  // register stageReg_8_outSum
  assign stageReg_8_outSum$D_IN =
	     stageReg_7_multiplier[0] ?
	       stageReg_7_outSum + stageReg_7_multiplicand :
	       stageReg_7_outSum ;
  assign stageReg_8_outSum$EN = CAN_FIRE_RL_cycle ;

  // register stageReg_9_garbage
  assign stageReg_9_garbage$D_IN = stageReg_8_garbage ;
  assign stageReg_9_garbage$EN = CAN_FIRE_RL_cycle ;

  // register stageReg_9_multiplicand
  assign stageReg_9_multiplicand$D_IN =
	     { stageReg_8_multiplicand[30:0], 1'd0 } ;
  assign stageReg_9_multiplicand$EN = CAN_FIRE_RL_cycle ;

  // register stageReg_9_multiplier
  assign stageReg_9_multiplier$D_IN = { 1'd0, stageReg_8_multiplier[15:1] } ;
  assign stageReg_9_multiplier$EN = CAN_FIRE_RL_cycle ;

  // register stageReg_9_outSum
  assign stageReg_9_outSum$D_IN =
	     stageReg_8_multiplier[0] ?
	       stageReg_8_outSum + stageReg_8_multiplicand :
	       stageReg_8_outSum ;
  assign stageReg_9_outSum$EN = CAN_FIRE_RL_cycle ;

  // handling of inlined registers

  always@(posedge CLK)
  begin
    if (RST_N == `BSV_RESET_VALUE)
      begin
        available <= `BSV_ASSIGNMENT_DELAY 1'd1;
	inputReg_garbage <= `BSV_ASSIGNMENT_DELAY 1'd1;
	inputReg_outSum <= `BSV_ASSIGNMENT_DELAY 32'd0;
	outReg_garbage <= `BSV_ASSIGNMENT_DELAY 1'd1;
	stageReg_0_garbage <= `BSV_ASSIGNMENT_DELAY 1'd1;
	stageReg_10_garbage <= `BSV_ASSIGNMENT_DELAY 1'd1;
	stageReg_11_garbage <= `BSV_ASSIGNMENT_DELAY 1'd1;
	stageReg_12_garbage <= `BSV_ASSIGNMENT_DELAY 1'd1;
	stageReg_13_garbage <= `BSV_ASSIGNMENT_DELAY 1'd1;
	stageReg_14_garbage <= `BSV_ASSIGNMENT_DELAY 1'd1;
	stageReg_15_garbage <= `BSV_ASSIGNMENT_DELAY 1'd1;
	stageReg_16_garbage <= `BSV_ASSIGNMENT_DELAY 1'd1;
	stageReg_1_garbage <= `BSV_ASSIGNMENT_DELAY 1'd1;
	stageReg_2_garbage <= `BSV_ASSIGNMENT_DELAY 1'd1;
	stageReg_3_garbage <= `BSV_ASSIGNMENT_DELAY 1'd1;
	stageReg_4_garbage <= `BSV_ASSIGNMENT_DELAY 1'd1;
	stageReg_5_garbage <= `BSV_ASSIGNMENT_DELAY 1'd1;
	stageReg_6_garbage <= `BSV_ASSIGNMENT_DELAY 1'd1;
	stageReg_7_garbage <= `BSV_ASSIGNMENT_DELAY 1'd1;
	stageReg_8_garbage <= `BSV_ASSIGNMENT_DELAY 1'd1;
	stageReg_9_garbage <= `BSV_ASSIGNMENT_DELAY 1'd1;
      end
    else
      begin
        if (available$EN) available <= `BSV_ASSIGNMENT_DELAY available$D_IN;
	if (inputReg_garbage$EN)
	  inputReg_garbage <= `BSV_ASSIGNMENT_DELAY inputReg_garbage$D_IN;
	if (inputReg_outSum$EN)
	  inputReg_outSum <= `BSV_ASSIGNMENT_DELAY inputReg_outSum$D_IN;
	if (outReg_garbage$EN)
	  outReg_garbage <= `BSV_ASSIGNMENT_DELAY outReg_garbage$D_IN;
	if (stageReg_0_garbage$EN)
	  stageReg_0_garbage <= `BSV_ASSIGNMENT_DELAY stageReg_0_garbage$D_IN;
	if (stageReg_10_garbage$EN)
	  stageReg_10_garbage <= `BSV_ASSIGNMENT_DELAY
	      stageReg_10_garbage$D_IN;
	if (stageReg_11_garbage$EN)
	  stageReg_11_garbage <= `BSV_ASSIGNMENT_DELAY
	      stageReg_11_garbage$D_IN;
	if (stageReg_12_garbage$EN)
	  stageReg_12_garbage <= `BSV_ASSIGNMENT_DELAY
	      stageReg_12_garbage$D_IN;
	if (stageReg_13_garbage$EN)
	  stageReg_13_garbage <= `BSV_ASSIGNMENT_DELAY
	      stageReg_13_garbage$D_IN;
	if (stageReg_14_garbage$EN)
	  stageReg_14_garbage <= `BSV_ASSIGNMENT_DELAY
	      stageReg_14_garbage$D_IN;
	if (stageReg_15_garbage$EN)
	  stageReg_15_garbage <= `BSV_ASSIGNMENT_DELAY
	      stageReg_15_garbage$D_IN;
	if (stageReg_16_garbage$EN)
	  stageReg_16_garbage <= `BSV_ASSIGNMENT_DELAY
	      stageReg_16_garbage$D_IN;
	if (stageReg_1_garbage$EN)
	  stageReg_1_garbage <= `BSV_ASSIGNMENT_DELAY stageReg_1_garbage$D_IN;
	if (stageReg_2_garbage$EN)
	  stageReg_2_garbage <= `BSV_ASSIGNMENT_DELAY stageReg_2_garbage$D_IN;
	if (stageReg_3_garbage$EN)
	  stageReg_3_garbage <= `BSV_ASSIGNMENT_DELAY stageReg_3_garbage$D_IN;
	if (stageReg_4_garbage$EN)
	  stageReg_4_garbage <= `BSV_ASSIGNMENT_DELAY stageReg_4_garbage$D_IN;
	if (stageReg_5_garbage$EN)
	  stageReg_5_garbage <= `BSV_ASSIGNMENT_DELAY stageReg_5_garbage$D_IN;
	if (stageReg_6_garbage$EN)
	  stageReg_6_garbage <= `BSV_ASSIGNMENT_DELAY stageReg_6_garbage$D_IN;
	if (stageReg_7_garbage$EN)
	  stageReg_7_garbage <= `BSV_ASSIGNMENT_DELAY stageReg_7_garbage$D_IN;
	if (stageReg_8_garbage$EN)
	  stageReg_8_garbage <= `BSV_ASSIGNMENT_DELAY stageReg_8_garbage$D_IN;
	if (stageReg_9_garbage$EN)
	  stageReg_9_garbage <= `BSV_ASSIGNMENT_DELAY stageReg_9_garbage$D_IN;
      end
    if (inputReg_multiplicand$EN)
      inputReg_multiplicand <= `BSV_ASSIGNMENT_DELAY
	  inputReg_multiplicand$D_IN;
    if (inputReg_multiplier$EN)
      inputReg_multiplier <= `BSV_ASSIGNMENT_DELAY inputReg_multiplier$D_IN;
    if (outReg_multiplicand$EN)
      outReg_multiplicand <= `BSV_ASSIGNMENT_DELAY outReg_multiplicand$D_IN;
    if (outReg_multiplier$EN)
      outReg_multiplier <= `BSV_ASSIGNMENT_DELAY outReg_multiplier$D_IN;
    if (outReg_outSum$EN)
      outReg_outSum <= `BSV_ASSIGNMENT_DELAY outReg_outSum$D_IN;
    if (stageReg_0_multiplicand$EN)
      stageReg_0_multiplicand <= `BSV_ASSIGNMENT_DELAY
	  stageReg_0_multiplicand$D_IN;
    if (stageReg_0_multiplier$EN)
      stageReg_0_multiplier <= `BSV_ASSIGNMENT_DELAY
	  stageReg_0_multiplier$D_IN;
    if (stageReg_0_outSum$EN)
      stageReg_0_outSum <= `BSV_ASSIGNMENT_DELAY stageReg_0_outSum$D_IN;
    if (stageReg_10_multiplicand$EN)
      stageReg_10_multiplicand <= `BSV_ASSIGNMENT_DELAY
	  stageReg_10_multiplicand$D_IN;
    if (stageReg_10_multiplier$EN)
      stageReg_10_multiplier <= `BSV_ASSIGNMENT_DELAY
	  stageReg_10_multiplier$D_IN;
    if (stageReg_10_outSum$EN)
      stageReg_10_outSum <= `BSV_ASSIGNMENT_DELAY stageReg_10_outSum$D_IN;
    if (stageReg_11_multiplicand$EN)
      stageReg_11_multiplicand <= `BSV_ASSIGNMENT_DELAY
	  stageReg_11_multiplicand$D_IN;
    if (stageReg_11_multiplier$EN)
      stageReg_11_multiplier <= `BSV_ASSIGNMENT_DELAY
	  stageReg_11_multiplier$D_IN;
    if (stageReg_11_outSum$EN)
      stageReg_11_outSum <= `BSV_ASSIGNMENT_DELAY stageReg_11_outSum$D_IN;
    if (stageReg_12_multiplicand$EN)
      stageReg_12_multiplicand <= `BSV_ASSIGNMENT_DELAY
	  stageReg_12_multiplicand$D_IN;
    if (stageReg_12_multiplier$EN)
      stageReg_12_multiplier <= `BSV_ASSIGNMENT_DELAY
	  stageReg_12_multiplier$D_IN;
    if (stageReg_12_outSum$EN)
      stageReg_12_outSum <= `BSV_ASSIGNMENT_DELAY stageReg_12_outSum$D_IN;
    if (stageReg_13_multiplicand$EN)
      stageReg_13_multiplicand <= `BSV_ASSIGNMENT_DELAY
	  stageReg_13_multiplicand$D_IN;
    if (stageReg_13_multiplier$EN)
      stageReg_13_multiplier <= `BSV_ASSIGNMENT_DELAY
	  stageReg_13_multiplier$D_IN;
    if (stageReg_13_outSum$EN)
      stageReg_13_outSum <= `BSV_ASSIGNMENT_DELAY stageReg_13_outSum$D_IN;
    if (stageReg_14_multiplicand$EN)
      stageReg_14_multiplicand <= `BSV_ASSIGNMENT_DELAY
	  stageReg_14_multiplicand$D_IN;
    if (stageReg_14_multiplier$EN)
      stageReg_14_multiplier <= `BSV_ASSIGNMENT_DELAY
	  stageReg_14_multiplier$D_IN;
    if (stageReg_14_outSum$EN)
      stageReg_14_outSum <= `BSV_ASSIGNMENT_DELAY stageReg_14_outSum$D_IN;
    if (stageReg_15_multiplicand$EN)
      stageReg_15_multiplicand <= `BSV_ASSIGNMENT_DELAY
	  stageReg_15_multiplicand$D_IN;
    if (stageReg_15_multiplier$EN)
      stageReg_15_multiplier <= `BSV_ASSIGNMENT_DELAY
	  stageReg_15_multiplier$D_IN;
    if (stageReg_15_outSum$EN)
      stageReg_15_outSum <= `BSV_ASSIGNMENT_DELAY stageReg_15_outSum$D_IN;
    if (stageReg_16_multiplicand$EN)
      stageReg_16_multiplicand <= `BSV_ASSIGNMENT_DELAY
	  stageReg_16_multiplicand$D_IN;
    if (stageReg_16_multiplier$EN)
      stageReg_16_multiplier <= `BSV_ASSIGNMENT_DELAY
	  stageReg_16_multiplier$D_IN;
    if (stageReg_16_outSum$EN)
      stageReg_16_outSum <= `BSV_ASSIGNMENT_DELAY stageReg_16_outSum$D_IN;
    if (stageReg_1_multiplicand$EN)
      stageReg_1_multiplicand <= `BSV_ASSIGNMENT_DELAY
	  stageReg_1_multiplicand$D_IN;
    if (stageReg_1_multiplier$EN)
      stageReg_1_multiplier <= `BSV_ASSIGNMENT_DELAY
	  stageReg_1_multiplier$D_IN;
    if (stageReg_1_outSum$EN)
      stageReg_1_outSum <= `BSV_ASSIGNMENT_DELAY stageReg_1_outSum$D_IN;
    if (stageReg_2_multiplicand$EN)
      stageReg_2_multiplicand <= `BSV_ASSIGNMENT_DELAY
	  stageReg_2_multiplicand$D_IN;
    if (stageReg_2_multiplier$EN)
      stageReg_2_multiplier <= `BSV_ASSIGNMENT_DELAY
	  stageReg_2_multiplier$D_IN;
    if (stageReg_2_outSum$EN)
      stageReg_2_outSum <= `BSV_ASSIGNMENT_DELAY stageReg_2_outSum$D_IN;
    if (stageReg_3_multiplicand$EN)
      stageReg_3_multiplicand <= `BSV_ASSIGNMENT_DELAY
	  stageReg_3_multiplicand$D_IN;
    if (stageReg_3_multiplier$EN)
      stageReg_3_multiplier <= `BSV_ASSIGNMENT_DELAY
	  stageReg_3_multiplier$D_IN;
    if (stageReg_3_outSum$EN)
      stageReg_3_outSum <= `BSV_ASSIGNMENT_DELAY stageReg_3_outSum$D_IN;
    if (stageReg_4_multiplicand$EN)
      stageReg_4_multiplicand <= `BSV_ASSIGNMENT_DELAY
	  stageReg_4_multiplicand$D_IN;
    if (stageReg_4_multiplier$EN)
      stageReg_4_multiplier <= `BSV_ASSIGNMENT_DELAY
	  stageReg_4_multiplier$D_IN;
    if (stageReg_4_outSum$EN)
      stageReg_4_outSum <= `BSV_ASSIGNMENT_DELAY stageReg_4_outSum$D_IN;
    if (stageReg_5_multiplicand$EN)
      stageReg_5_multiplicand <= `BSV_ASSIGNMENT_DELAY
	  stageReg_5_multiplicand$D_IN;
    if (stageReg_5_multiplier$EN)
      stageReg_5_multiplier <= `BSV_ASSIGNMENT_DELAY
	  stageReg_5_multiplier$D_IN;
    if (stageReg_5_outSum$EN)
      stageReg_5_outSum <= `BSV_ASSIGNMENT_DELAY stageReg_5_outSum$D_IN;
    if (stageReg_6_multiplicand$EN)
      stageReg_6_multiplicand <= `BSV_ASSIGNMENT_DELAY
	  stageReg_6_multiplicand$D_IN;
    if (stageReg_6_multiplier$EN)
      stageReg_6_multiplier <= `BSV_ASSIGNMENT_DELAY
	  stageReg_6_multiplier$D_IN;
    if (stageReg_6_outSum$EN)
      stageReg_6_outSum <= `BSV_ASSIGNMENT_DELAY stageReg_6_outSum$D_IN;
    if (stageReg_7_multiplicand$EN)
      stageReg_7_multiplicand <= `BSV_ASSIGNMENT_DELAY
	  stageReg_7_multiplicand$D_IN;
    if (stageReg_7_multiplier$EN)
      stageReg_7_multiplier <= `BSV_ASSIGNMENT_DELAY
	  stageReg_7_multiplier$D_IN;
    if (stageReg_7_outSum$EN)
      stageReg_7_outSum <= `BSV_ASSIGNMENT_DELAY stageReg_7_outSum$D_IN;
    if (stageReg_8_multiplicand$EN)
      stageReg_8_multiplicand <= `BSV_ASSIGNMENT_DELAY
	  stageReg_8_multiplicand$D_IN;
    if (stageReg_8_multiplier$EN)
      stageReg_8_multiplier <= `BSV_ASSIGNMENT_DELAY
	  stageReg_8_multiplier$D_IN;
    if (stageReg_8_outSum$EN)
      stageReg_8_outSum <= `BSV_ASSIGNMENT_DELAY stageReg_8_outSum$D_IN;
    if (stageReg_9_multiplicand$EN)
      stageReg_9_multiplicand <= `BSV_ASSIGNMENT_DELAY
	  stageReg_9_multiplicand$D_IN;
    if (stageReg_9_multiplier$EN)
      stageReg_9_multiplier <= `BSV_ASSIGNMENT_DELAY
	  stageReg_9_multiplier$D_IN;
    if (stageReg_9_outSum$EN)
      stageReg_9_outSum <= `BSV_ASSIGNMENT_DELAY stageReg_9_outSum$D_IN;
  end

  // synopsys translate_off
  `ifdef BSV_NO_INITIAL_BLOCKS
  `else // not BSV_NO_INITIAL_BLOCKS
  initial
  begin
    available = 1'h0;
    inputReg_garbage = 1'h0;
    inputReg_multiplicand = 32'hAAAAAAAA;
    inputReg_multiplier = 16'hAAAA;
    inputReg_outSum = 32'hAAAAAAAA;
    outReg_garbage = 1'h0;
    outReg_multiplicand = 32'hAAAAAAAA;
    outReg_multiplier = 16'hAAAA;
    outReg_outSum = 32'hAAAAAAAA;
    stageReg_0_garbage = 1'h0;
    stageReg_0_multiplicand = 32'hAAAAAAAA;
    stageReg_0_multiplier = 16'hAAAA;
    stageReg_0_outSum = 32'hAAAAAAAA;
    stageReg_10_garbage = 1'h0;
    stageReg_10_multiplicand = 32'hAAAAAAAA;
    stageReg_10_multiplier = 16'hAAAA;
    stageReg_10_outSum = 32'hAAAAAAAA;
    stageReg_11_garbage = 1'h0;
    stageReg_11_multiplicand = 32'hAAAAAAAA;
    stageReg_11_multiplier = 16'hAAAA;
    stageReg_11_outSum = 32'hAAAAAAAA;
    stageReg_12_garbage = 1'h0;
    stageReg_12_multiplicand = 32'hAAAAAAAA;
    stageReg_12_multiplier = 16'hAAAA;
    stageReg_12_outSum = 32'hAAAAAAAA;
    stageReg_13_garbage = 1'h0;
    stageReg_13_multiplicand = 32'hAAAAAAAA;
    stageReg_13_multiplier = 16'hAAAA;
    stageReg_13_outSum = 32'hAAAAAAAA;
    stageReg_14_garbage = 1'h0;
    stageReg_14_multiplicand = 32'hAAAAAAAA;
    stageReg_14_multiplier = 16'hAAAA;
    stageReg_14_outSum = 32'hAAAAAAAA;
    stageReg_15_garbage = 1'h0;
    stageReg_15_multiplicand = 32'hAAAAAAAA;
    stageReg_15_multiplier = 16'hAAAA;
    stageReg_15_outSum = 32'hAAAAAAAA;
    stageReg_16_garbage = 1'h0;
    stageReg_16_multiplicand = 32'hAAAAAAAA;
    stageReg_16_multiplier = 16'hAAAA;
    stageReg_16_outSum = 32'hAAAAAAAA;
    stageReg_1_garbage = 1'h0;
    stageReg_1_multiplicand = 32'hAAAAAAAA;
    stageReg_1_multiplier = 16'hAAAA;
    stageReg_1_outSum = 32'hAAAAAAAA;
    stageReg_2_garbage = 1'h0;
    stageReg_2_multiplicand = 32'hAAAAAAAA;
    stageReg_2_multiplier = 16'hAAAA;
    stageReg_2_outSum = 32'hAAAAAAAA;
    stageReg_3_garbage = 1'h0;
    stageReg_3_multiplicand = 32'hAAAAAAAA;
    stageReg_3_multiplier = 16'hAAAA;
    stageReg_3_outSum = 32'hAAAAAAAA;
    stageReg_4_garbage = 1'h0;
    stageReg_4_multiplicand = 32'hAAAAAAAA;
    stageReg_4_multiplier = 16'hAAAA;
    stageReg_4_outSum = 32'hAAAAAAAA;
    stageReg_5_garbage = 1'h0;
    stageReg_5_multiplicand = 32'hAAAAAAAA;
    stageReg_5_multiplier = 16'hAAAA;
    stageReg_5_outSum = 32'hAAAAAAAA;
    stageReg_6_garbage = 1'h0;
    stageReg_6_multiplicand = 32'hAAAAAAAA;
    stageReg_6_multiplier = 16'hAAAA;
    stageReg_6_outSum = 32'hAAAAAAAA;
    stageReg_7_garbage = 1'h0;
    stageReg_7_multiplicand = 32'hAAAAAAAA;
    stageReg_7_multiplier = 16'hAAAA;
    stageReg_7_outSum = 32'hAAAAAAAA;
    stageReg_8_garbage = 1'h0;
    stageReg_8_multiplicand = 32'hAAAAAAAA;
    stageReg_8_multiplier = 16'hAAAA;
    stageReg_8_outSum = 32'hAAAAAAAA;
    stageReg_9_garbage = 1'h0;
    stageReg_9_multiplicand = 32'hAAAAAAAA;
    stageReg_9_multiplier = 16'hAAAA;
    stageReg_9_outSum = 32'hAAAAAAAA;
  end
  `endif // BSV_NO_INITIAL_BLOCKS
  // synopsys translate_on
endmodule  // mkPipeInelastic